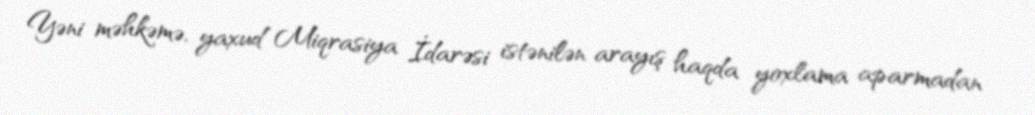
Yəni məhkəmə, yaxud Miqrasiya İdarəsi istənilən arayış haqda yoxlama aparmadan